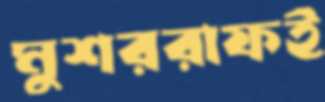
মুশররাফই